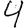
Digit: 4